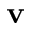
{ \bf v }